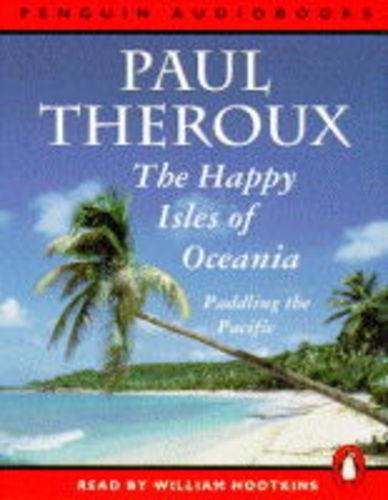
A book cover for Happy Isles of Oceania : Paddling the Pacific; Paul Theroux; Travel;